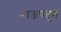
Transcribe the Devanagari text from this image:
भाजपतून